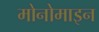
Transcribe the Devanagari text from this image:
मोनोमाइन